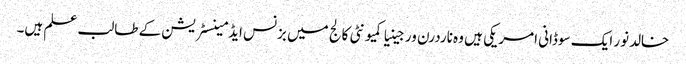
خالدنور ایک سوڈانی امریکی ہیں وہ ناردرن ورجینیا کمیونٹی کالج میں بزنس ایڈمینسٹریشن کے طالب علم ہیں۔